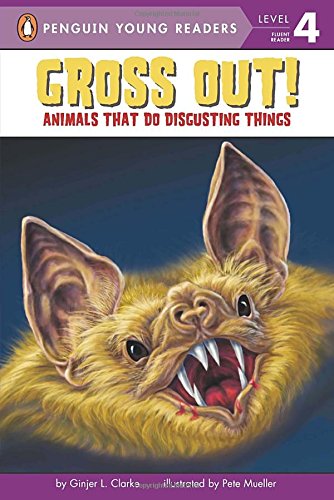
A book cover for Gross Out!: Animals That Do Disgusting Things (Penguin Young Readers, Level 4); Ginjer L. Clarke; Children's Books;